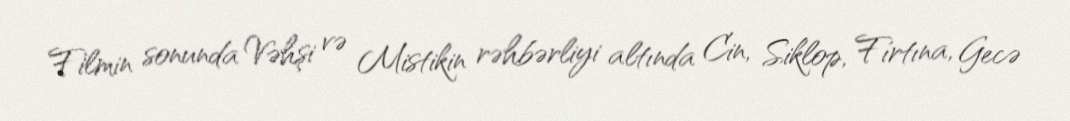
Filmin sonunda Vəhşi və Mistikin rəhbərliyi altında Cin, Siklop, Fırtına, Gecə